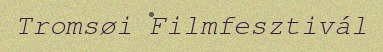
Tromsøi Filmfesztivál